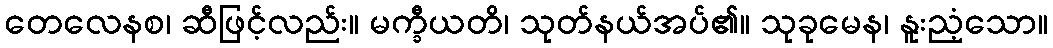
တေလေနစ၊ ဆီဖြင့်လည်း။ မက္ခီယတိ၊ သုတ်နယ်အပ်၏။ သုခုမေန၊ နူးညံ့သော။